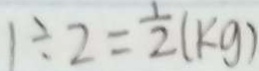
1 \div 2 = \frac { 1 } { 2 } ( k g )